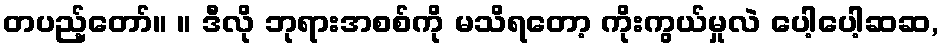
တပည့်တော်။ ။ ဒီလို ဘုရားအစစ်ကို မသိရတော့ ကိုးကွယ်မှုလဲ ပေါ့ပေါ့ဆဆ,